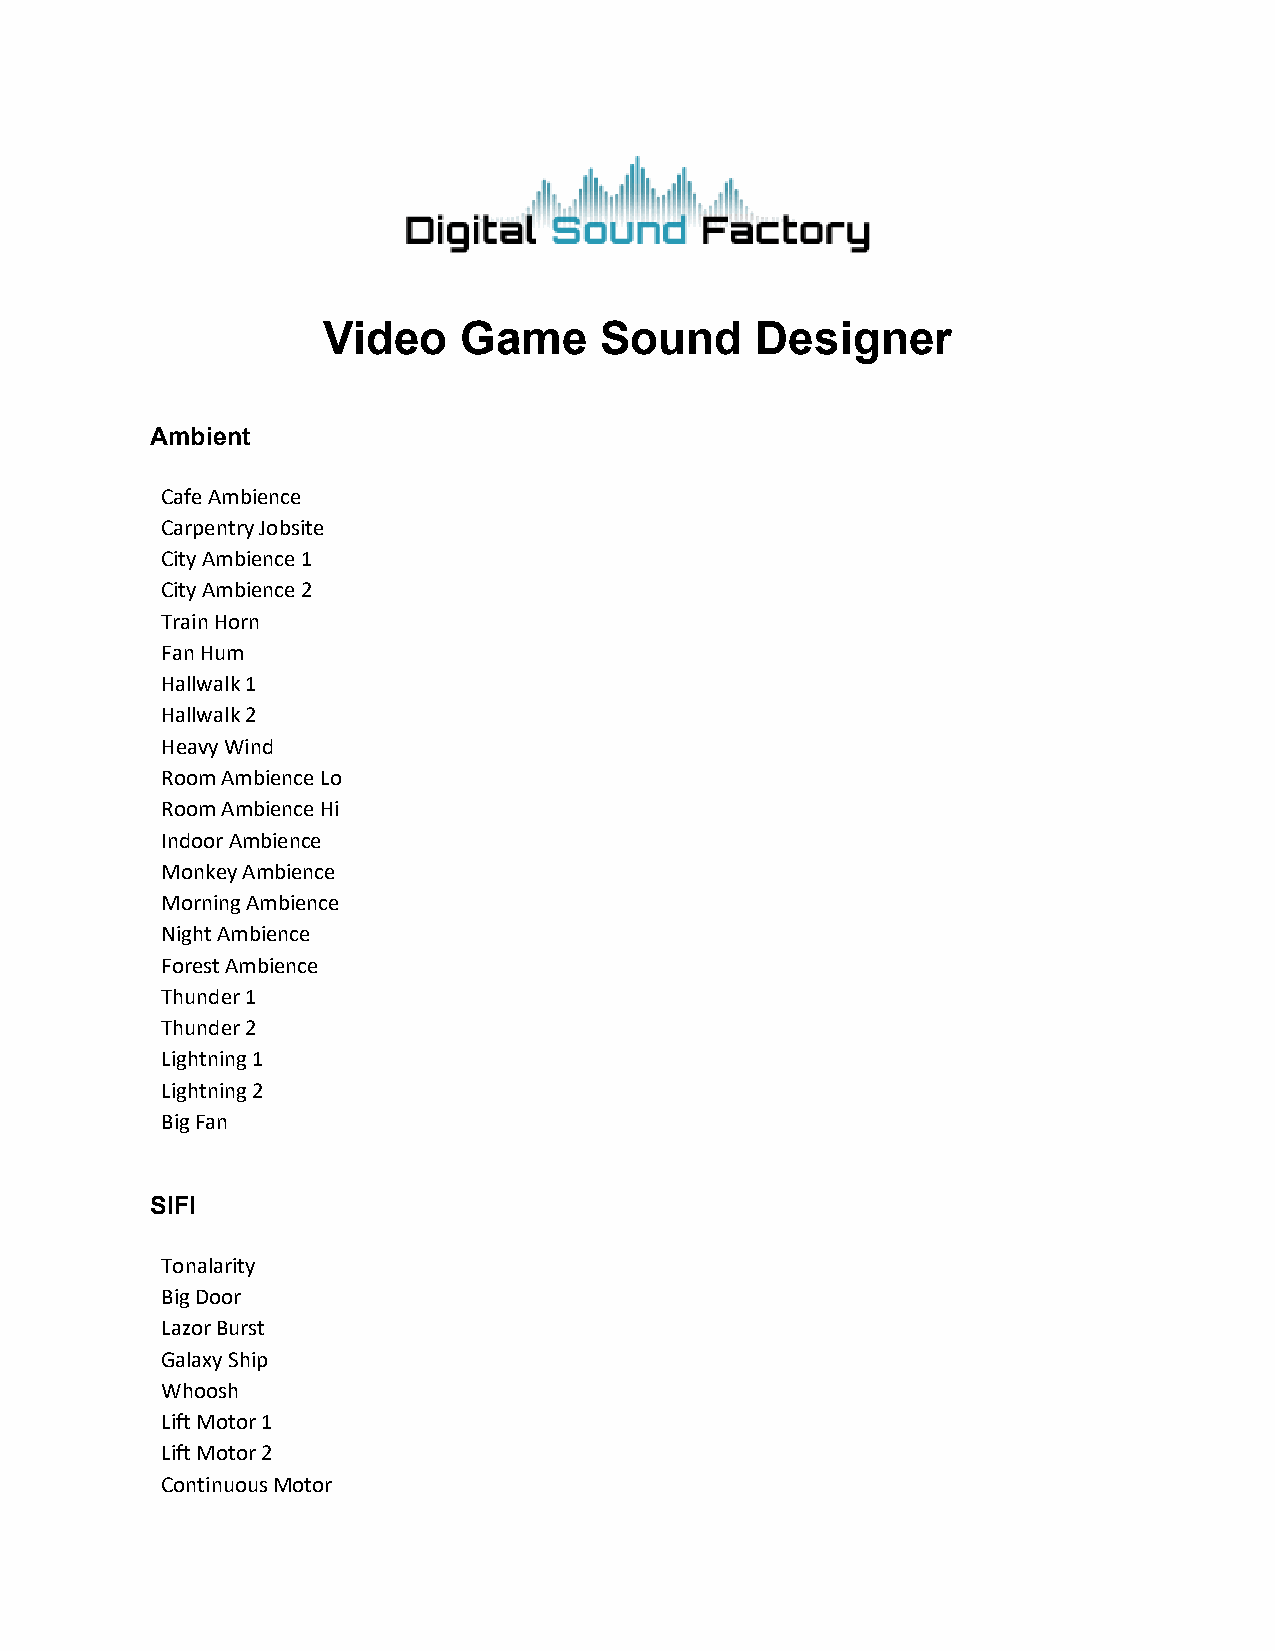
Video    Game      Sound     Designer
 Ambient
 Cafe Ambience
 Carpentry Jobsite
 City Ambience 1
 City Ambience 2
 Train Horn
 Fan Hum
 Hallwalk 1
 Hallwalk 2
 Heavy Wind
 Room Ambience Lo
 Room Ambience Hi
 Indoor Ambience
 Monkey Ambience
 Morning Ambience
 Night Ambience
 Forest Ambience
 Thunder 1
 Thunder 2
 Lightning 1
 Lightning 2
 Big Fan
 SIFI
 Tonalarity
 Big Door
 Lazor Burst
 Galaxy Ship
 Whoosh
 Lift Motor 1
 Lift Motor 2
 Continuous Motor